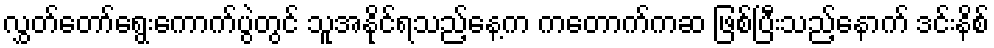
လွှတ်တော်ရွေးကောက်ပွဲတွင် သူအနိုင်ရသည့်နေ့က ကတောက်ကဆ ဖြစ်ပြီးသည့်နောက် ဒင်းနိစ်